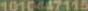
1010447115